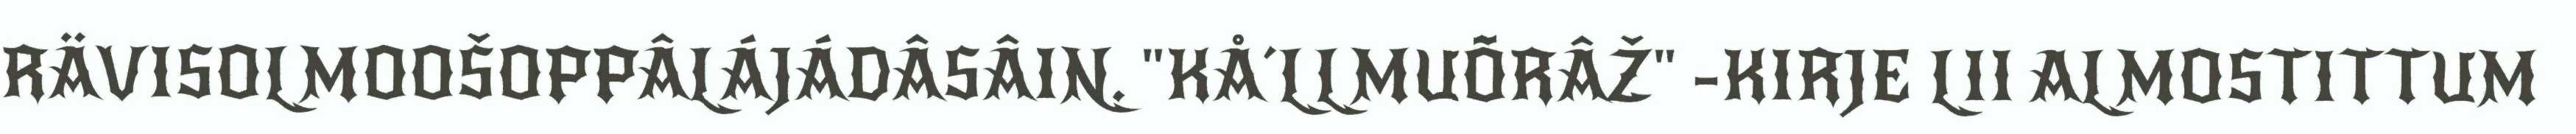
RÄVISOLMOOŠOPPÂLÁJÁDÂSÂIN. "KÅ´LLMUÕRÂŽ" -KIRJE LII ALMOSTITTUM